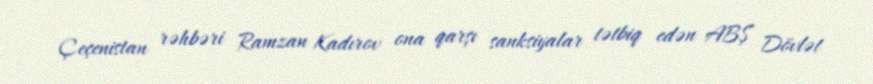
Çeçenistan rəhbəri Ramzan Kadırov ona qarşı sanksiyalar tətbiq edən ABŞ Dövlət